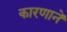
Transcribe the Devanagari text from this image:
कारणानें